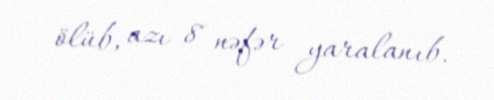
ölüb, azı 8 nəfər yaralanıb.